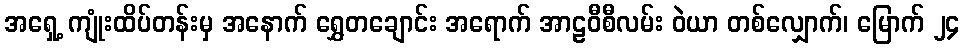
အရှေ့ ကျုံးထိပ်တန်းမှ အနောက် ရွှေတချောင်း အရောက် အာဠဝီစီလမ်း ဝဲယာ တစ်လျှောက်၊ မြောက် ၂၄